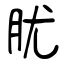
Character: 肬